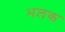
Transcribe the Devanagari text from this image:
भलक